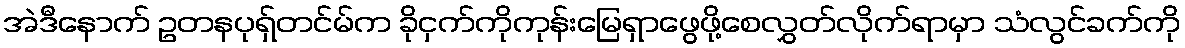
အဲဒီနောက် ဥတနပုရှ်တင်မ်က ခိုငှက်ကိုကုန်းမြေရှာဖွေဖို့စေလွှတ်လိုက်ရာမှာ သံလွင်ခက်ကို